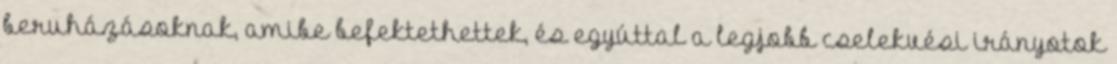
beruházásoknak, amibe befektethettek, és egyúttal a legjobb cselekvési irányotok